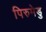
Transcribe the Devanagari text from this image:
पिरुमेडु